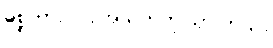
မစ္စတာလင်း အသုဘကို သွားတယ်။